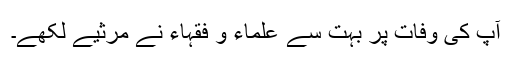
آپ کی وفات پر بہت سے علماء و فقہاء نے مرثیے لکھے۔